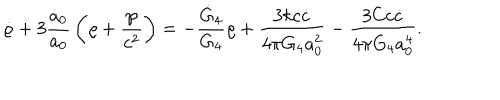
LaTeX: \dot { \varrho } + 3 { \frac { \dot { a } _ { 0 } } { a _ { 0 } } } \left( \varrho + { \frac { \wp } { c ^ { 2 } } } \right) = - { \frac { \dot { G } _ { 4 } } { G _ { 4 } } } \varrho + { \frac { 3 k c \dot { c } } { 4 \pi G _ { 4 } a _ { 0 } ^ { 2 } } } - { \frac { 3 C c \dot { c } } { 4 \pi G _ { 4 } a _ { 0 } ^ { 4 } } } .